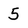
Character: 5